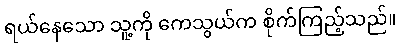
ရယ်နေသော သူ့ကို ကေသွယ်က စိုက်ကြည့်သည်။